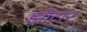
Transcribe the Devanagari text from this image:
झीटा२